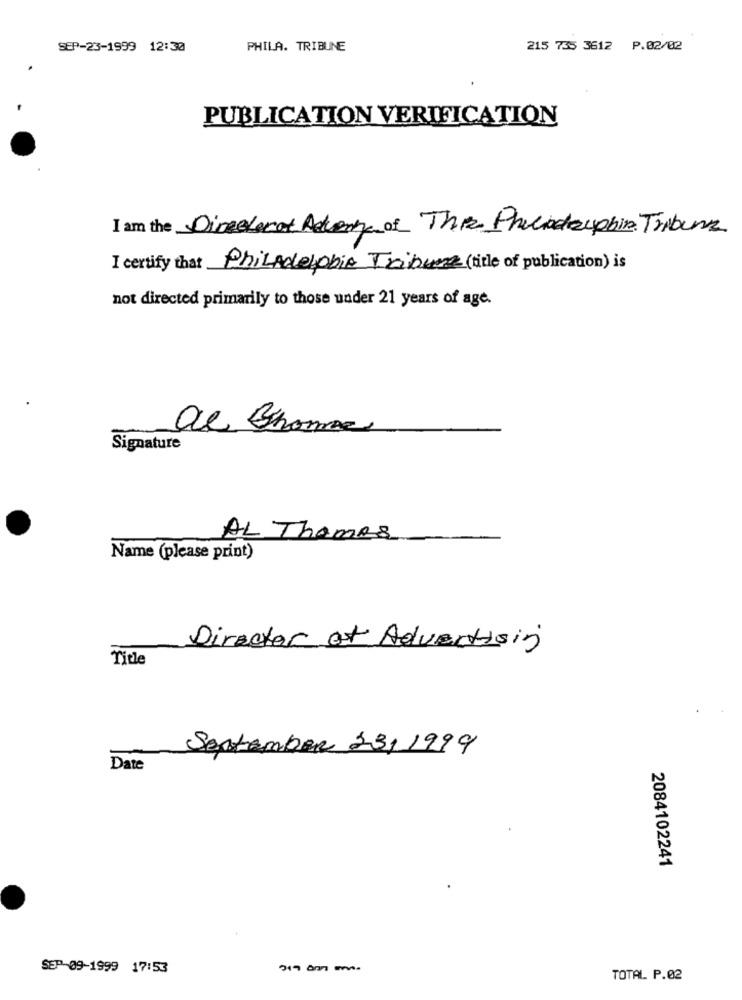
SEP-23-1999 12:30
PHILA. TRIBUNE
215 735 3612 P.02/02
PUBLICATION VERIFICATION
I am the Direelocat Adverte of The Philadelphia Tribune
I certify that Philadelphia Tribune (title of publication) is
not directed primarily to those under 21 years of age.
De Phone
Signature
AL Thomes
Name (please print)
Director of Advertising
Title
September 23,1999
Date
2084102241
SEP-09-1999 17:53
TOTAL P.02